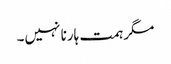
مگر ہمت ہارنا نہیں۔